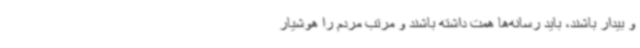
و بیدار باشند، باید رسانه‌ها همت داشته باشند و مرتب مردم را هوشیار